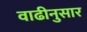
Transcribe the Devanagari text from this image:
वाढीनुसार